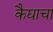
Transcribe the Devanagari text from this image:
कैद्याचा